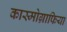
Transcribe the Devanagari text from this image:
कास्मोग्राफिया